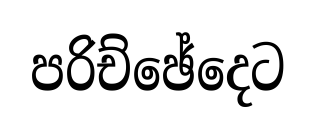
පරිච්ඡේදෙට